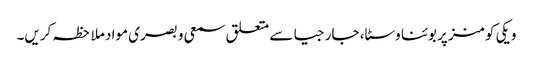
ویکی کومنز پر بوئنا وسٹا، جارجیا سے متعلق سمعی و بصری مواد ملاحظہ کریں۔